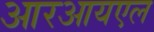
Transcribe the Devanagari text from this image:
आरआयएल